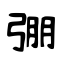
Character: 弸